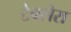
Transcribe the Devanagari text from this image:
टेक्सेरा